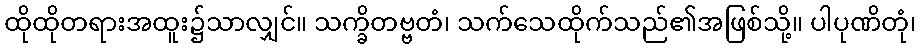
ထိုထိုတရားအထူး၌သာလျှင်။ သက္ခိတဗ္ဗတံ၊ သက်သေထိုက်သည်၏အဖြစ်သို့။ ပါပုဏိတုံ၊